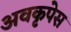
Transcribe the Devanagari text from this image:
अवकृपेस